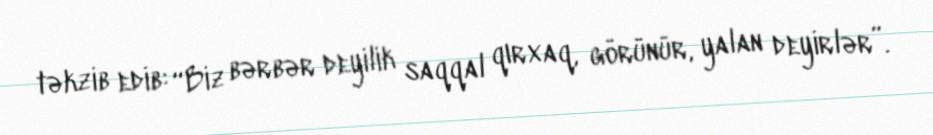
təkzib edib: “Biz bərbər deyilik saqqal qırxaq, görünür, yalan deyirlər”.